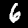
Label: 6